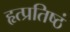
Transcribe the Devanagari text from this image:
हृत्प्रतिष्ठं